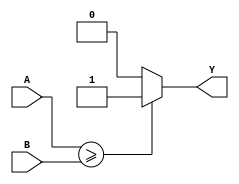
module greater_than_equal_to_comparator (
    input [31:0] A,
    input [31:0] B,
    output Y
);

reg Y;

always @* begin
    if (A >= B) begin
        Y = 1;
    end else begin
        Y = 0;
    end
end

endmodule